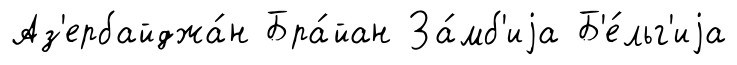
Аз'ербайджа́н Бра́йан За́мб'иjа Б'е́льг'иjа